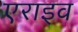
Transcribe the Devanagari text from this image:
एराइव